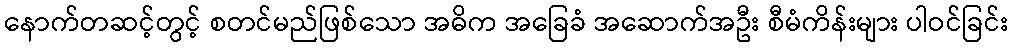
နောက်တဆင့်တွင့် စတင်မည်ဖြစ်သော အဓိက အခြေခံ အဆောက်အဦး စီမံကိန်းများ ပါဝင်ခြင်း